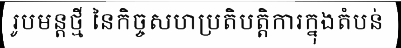
រូបមន្តថ្មី នៃកិច្ចសហប្រតិបត្តិការក្នុងតំបន់